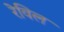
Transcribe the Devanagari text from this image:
रेविल